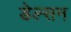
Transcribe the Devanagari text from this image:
डेल्सन